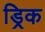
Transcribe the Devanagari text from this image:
ड्रिक